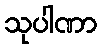
သုပါဏာ